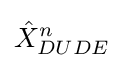
{\hat {X}}_{DUDE}^{n}